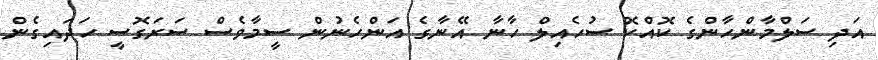
އަދި ސަލްމާންހާންގެ ކޮއްކޮ ސުހެއިލް ހާނާ އޭނާގެ އަންހެނުން ސީމާވެސް ސަރަގޮސީ ހަދައިގެން